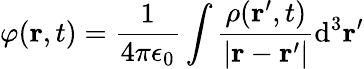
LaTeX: \varphi(\mathbf{r},t)={\frac{1}{4\pi\epsilon_{0}}}\int{\frac{\rho(\mathbf{r}^{\prime},t)}{|\mathbf{r}-\mathbf{r}^{\prime}|}}\mathrm{d}^{3}\mathbf{r}^{\prime}